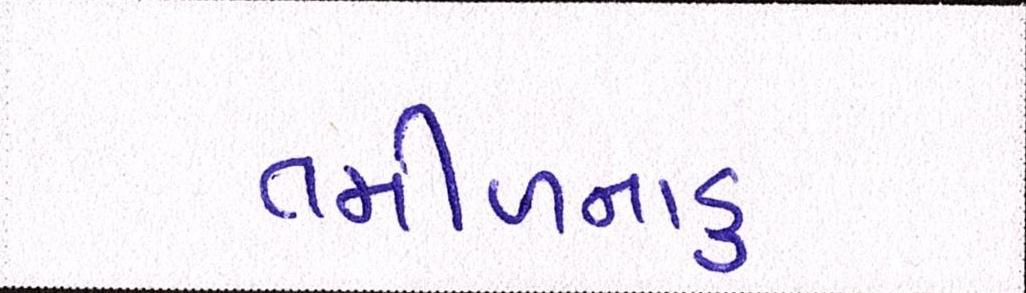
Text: તમીળનાડુ